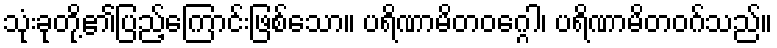
သုံးခုတို့၏ပြည့်ကြောင်းဖြစ်သော။ ပရိဏာမိတဝဂ္ဂေါ၊ ပရိဏာမိတဝဂ်သည်။